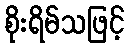
စိုးရိမ်သဖြင့်